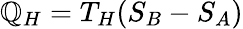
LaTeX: \mathbb{Q}_{H}=T_{H}(S_{B}-S_{A})